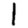
Digit: 1